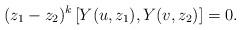
LaTeX: \begin{align*}(z_1 - z_2)^k \left[ Y(u,z_1), Y(v,z_2) \right] = 0.\end{align*}